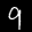
Label: 9